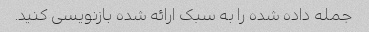
جمله داده شده را به سبک ارائه شده بازنویسی کنید.